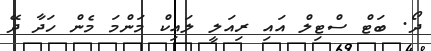
ދޯ. ބަޓް ސްޓިލް އައި ރިއަލީ ލައިކް މަންމަ މެން ހަދާ ދޭ